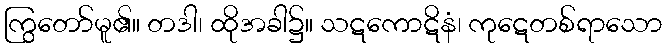
ကြွတော်မူ၏။ တဒါ၊ ထိုအခါ၌။ သဋကောဋိနံ၊ ကုဋေတစ်ရာသော